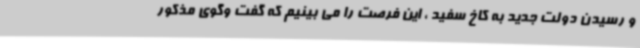
و رسیدن دولت جدید به کاخ سفید ، این فرصت را می بینیم که گفت وگوی مذکور